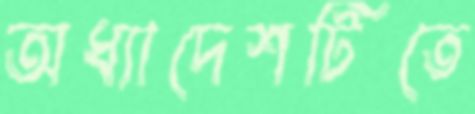
অধ্যাদেশটিতে